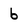
Character: 6